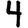
Digit: 4